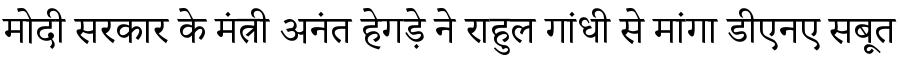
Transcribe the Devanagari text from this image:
मोदी सरकार के मंत्री अनंत हेगड़े ने राहुल गांधी से मांगा डीएनए सबूत